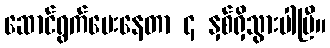
ဆောင်ရွက်ပေးနေတာ ၄ နှစ်ရှိသွားပါပြီ။